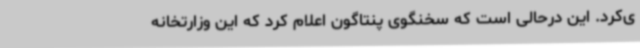
ی‌کرد. این درحالی است که سخنگوی پنتاگون اعلام کرد که این وزارتخانه